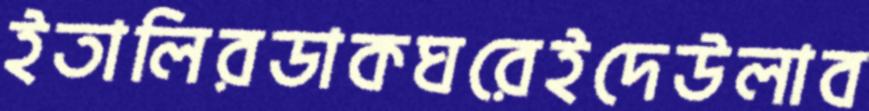
ইতালিরডাকঘরেইদেউলাব